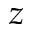
z